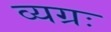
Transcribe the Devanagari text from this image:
व्यग्रः